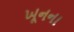
ખૂનના